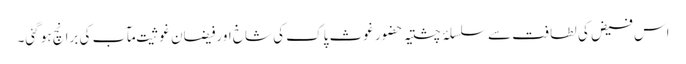
اس فیض کی لطافت سے سلسلۂ چشتیہ حضور غوثِ پاک کی شاخ اور فیضانِ غوثیتِ مآب کی برانچ ہو گئی۔